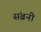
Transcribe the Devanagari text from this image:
संब्रनी